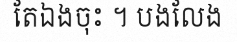
តែឯងចុះ ។ បងលែង